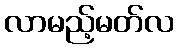
လာမည့်မတ်လ